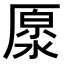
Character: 𠪥